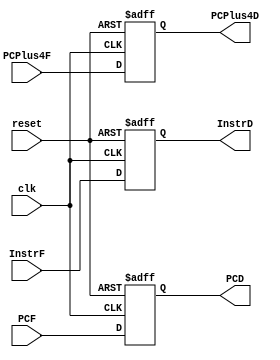
`timescale 1ns / 1ps

module IF_ID (clk, reset,
             InstrF, PCF, PCPlus4F,
            InstrD, PCD, PCPlus4D);
            
            input clk;
            input reset;

            input [31:0] InstrF, PCF, PCPlus4F;
            output reg [31:0] InstrD, PCD, PCPlus4D;


always @( posedge clk, posedge reset )

 begin
    if (reset) begin 
        InstrD <= 0;
        PCD <= 0;
        PCPlus4D <= 0;
    end
		 
		 else begin	 
			  InstrD <= InstrF;
			  PCD <= PCF;
			  PCPlus4D <= PCPlus4F;
		 end
	 end


endmodule